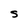
Character: S